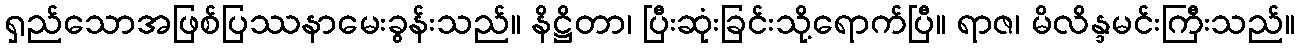
ရှည်သောအဖြစ်ပြဿနာမေးခွန်းသည်။ နိဋ္ဌိတာ၊ ပြီးဆုံးခြင်းသို့ရောက်ပြီ။ ရာဇ၊ မိလိန္ဒမင်းကြီးသည်။